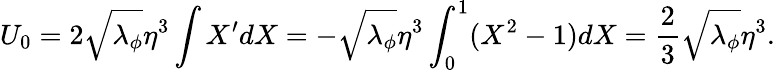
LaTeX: U_{0}=2\sqrt{\lambda_{\phi}}\eta^{3}\int X^{\prime}dX=-\sqrt{\lambda_{\phi}}\eta^{3}\int_{0}^{1}(X^{2}-1)dX={\frac{2}{3}}\sqrt{\lambda_{\phi}}\eta^{3}.